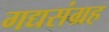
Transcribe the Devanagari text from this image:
गद्यसंग्रह